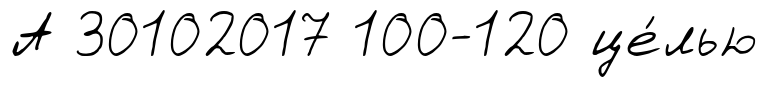
А 30102017 100-120 це́лью